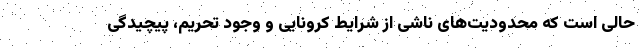
حالی است که محدودیت‌های ناشی از شرایط کرونایی و وجود تحریم‌، پیچیدگی